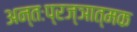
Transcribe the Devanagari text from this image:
अन्तःप्रज्ञात्मक